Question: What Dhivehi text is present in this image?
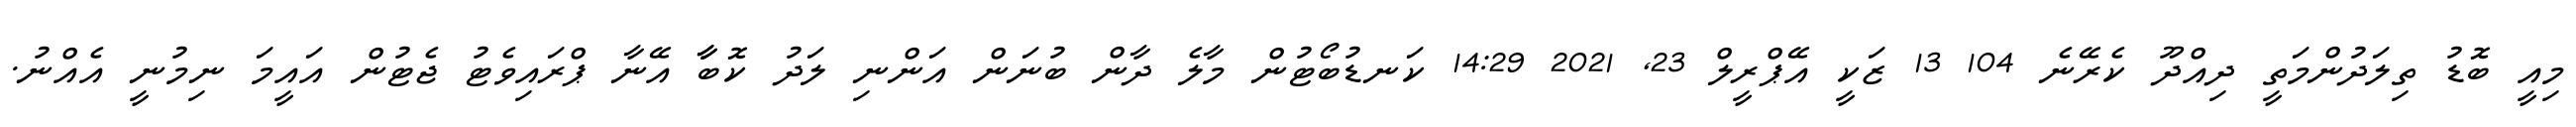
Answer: މިއީ ބޮޑު ތިލަދުންމަތީ ދިއްދޫ ކެރޭނެ 104 13 ޒަކީ އޭޕްރީލް 23, 2021 14:29 ކަނޑުބޯޓުން މާލެ ދާން ބުނަން އަންނި ލަދު ކޮބާާ އޭނާ ޕްރައިވެޓު ޖެޓުން އައީމަ ނިމުނީ އެއްނު.